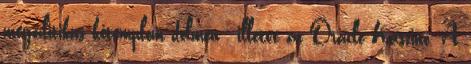
megalitikus kőtemplom dolmen , illetve az Oracle Kaszinó. A